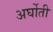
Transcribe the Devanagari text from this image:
अर्घोती